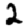
Digit: 2